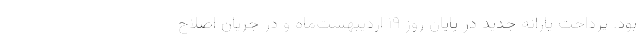
بود. پرداخت یارانه جدید در پایان روز ۱۹ اردیبهشت‌ماه و در جریان اصلاح